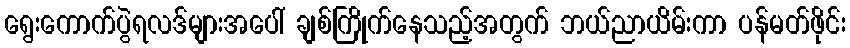
ရွေးကောက်ပွဲရလဒ်များအပေါ် ချစ်ကြိုက်နေသည့်အတွက် ဘယ်ညာယိမ်းကာ ပန်မတ်ဖိုင်း